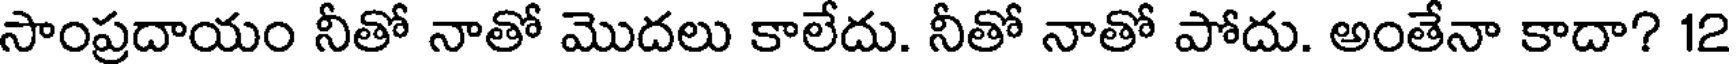
సాంప్రదాయం నీతో నాతో మొదలు కాలేదు. నీతో నాతో పోదు. అంతేనా కాదా? 12